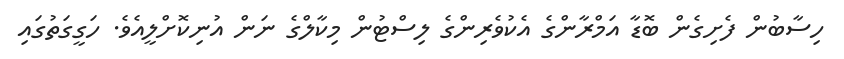
ހިސާބުން ފެށިގެން ބޮޑާ އަމްރާންގެ އެކުވެރިންގެ ލިސްޓުން މިކާލްގެ ނަން އުނިކޮށްލީއެވެ. ހަގީގަތުގައި